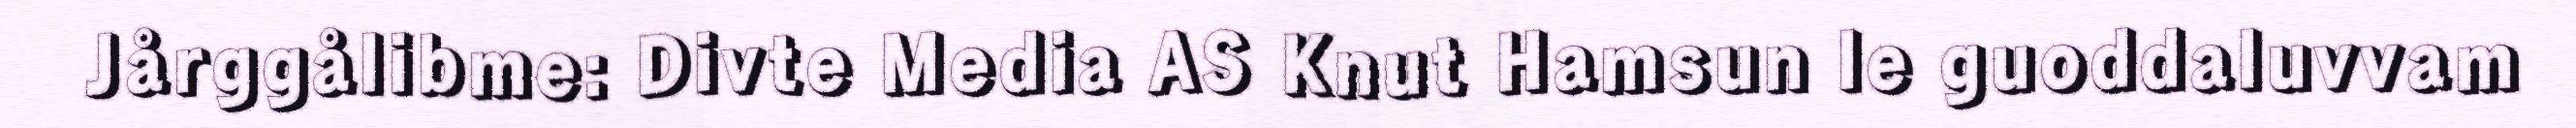
Jårggålibme: Divte Media AS Knut Hamsun le guoddaluvvam